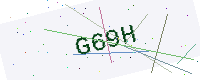
Text: G69H